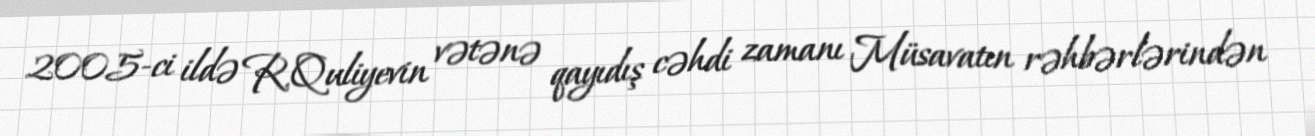
2005-ci ildə R.Quliyevin vətənə qayıdış cəhdi zamanı Müsavatın rəhbərlərindən